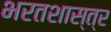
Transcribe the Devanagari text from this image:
भरतशास्त्र